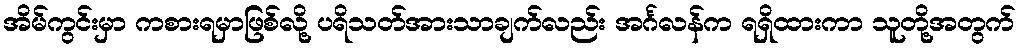
အိမ်ကွင်းမှာ ကစားရမှာဖြစ်လို့ ပရိသတ်အားသာချက်လည်း အင်္ဂလန်က ရရှိထားကာ သူတို့အတွက်